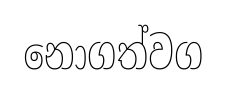
නොගත්වග